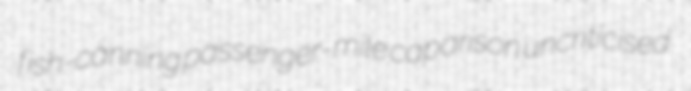
fish-canning passenger-mile caparison uncriticised